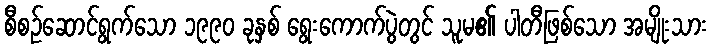
စီစဉ်ဆောင်ရွက်သော ၁၉၉၀ ခုနှစ် ရွေးကောက်ပွဲတွင် သူမ၏ ပါတီဖြစ်သော အမျိုးသား